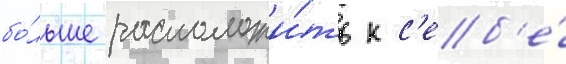
бо́льше расположи́ть к с'еб'е́